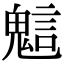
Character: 𧪵